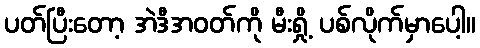
ပတ်ပြီးတော့ အဲဒီအဝတ်ကို မီးရှို့ ပစ်လိုက်မှာပေါ့။